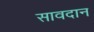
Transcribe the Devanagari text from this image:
सावदान